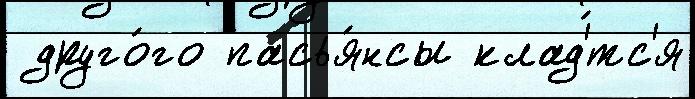
 друго́го пасья́нсы клад'́тс'я